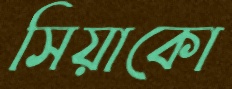
সিয়াকো